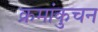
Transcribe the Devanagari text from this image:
क्रमांकुचन